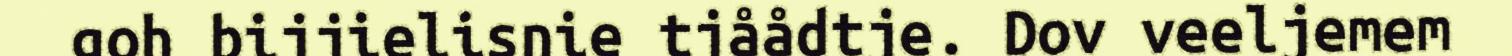
goh bijjielisnie tjåådtje. Dov veeljemem